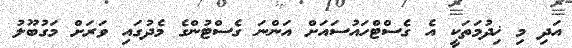
އަދި މި ޚިދުމަތަކީ އެ ގެސްޓްހައުސައަށް އަންނަ ގެސްޓުންގެ މެދުގައި ވަރަށް މަގުބޫލު